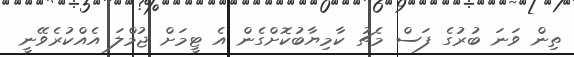
ތިން ވަނަ ބުރުގެ ފަސް މެޗު ކާމިޔާބުކޮށްގެން އެ ޓީމަށް ޖުމްލަ އެއްކުރެވޭނީ